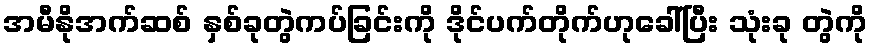
အမီနိုအက်ဆစ် နှစ်ခုတွဲကပ်ခြင်းကို ဒိုင်ပက်တိုက်ဟုခေါ်ပြီး သုံးခု တွဲကို